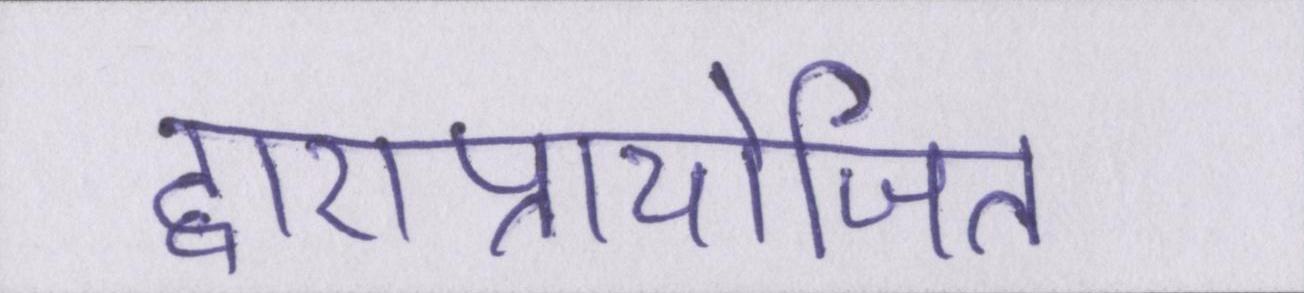
द्वाराप्रायोजित